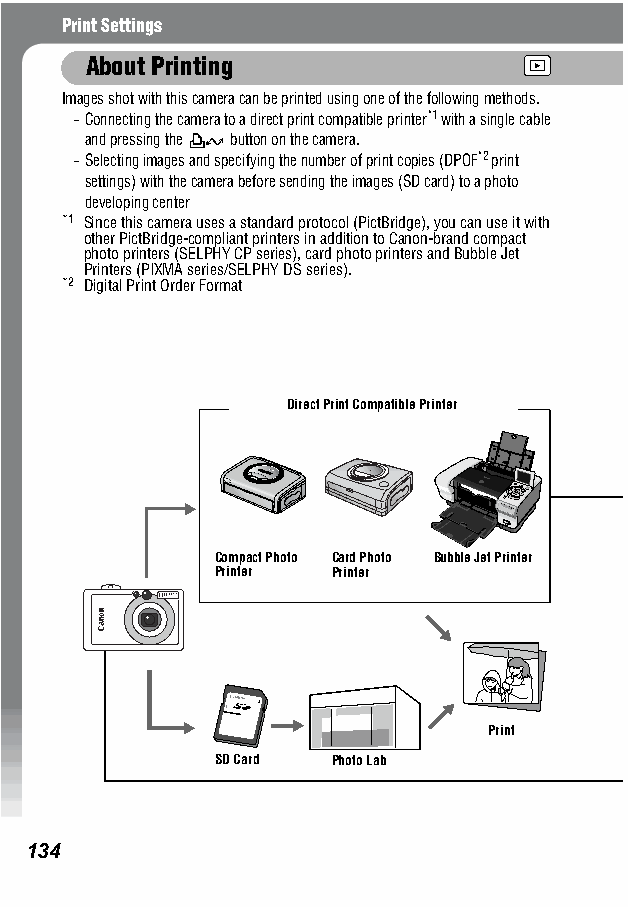
Print Settings
 About Printing
 Images shot with this camera can be printed using one of the following methods.
 - Connecting the camera to a direct print compatible printer*1 with a single cable
 and pressing the button on the camera.
 - Selecting images and specifying the number of print copies (DPOF*2 print
 settings) with the camera before sending the images (SD card) to a photo
 developing center
 *1 Since this camera uses a standard protocol (PictBridge), you can use it with
 other PictBridge-compliant printers in addition to Canon-brand compact
 photo printers (SELPHY CP series), card photo printers and Bubble Jet
 Printers (PIXMA series/SELPHY DS series).
 *2 Digital Print Order Format
 Direct Print Compatible Printer
 Compact Photo Card Photo Bubble Jet Printer
 Printer Printer
 Print
 SD Card Photo Lab
 134